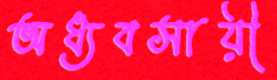
অধ্যবসায়ী